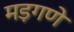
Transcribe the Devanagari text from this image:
मड़गणे